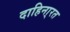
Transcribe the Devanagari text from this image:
दाहिना्रत